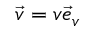
\vec { v } = v \vec { e } _ { v }